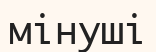
мінуші